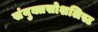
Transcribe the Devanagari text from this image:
संयुक्तसोशलिस्ट